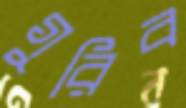
গুরিব